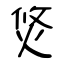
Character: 焂